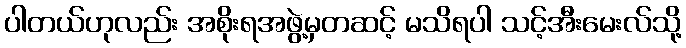
ပါတယ်ဟုလည်း အစိုးရအဖွဲ့မှတဆင့် မသိရပါ သင့်အီးမေးလ်သို့